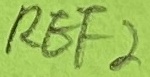
Text: REF2